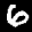
Label: 6